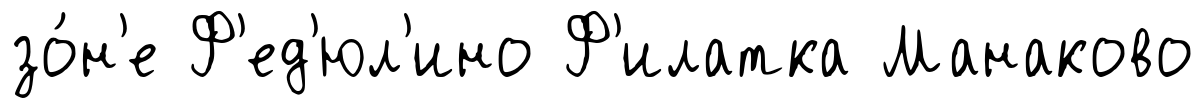
зо́н'е Ф'ед'юл'ино Ф'илатка Манаково